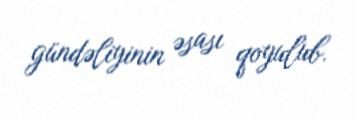
gündəliyinin əsası qoyulub.